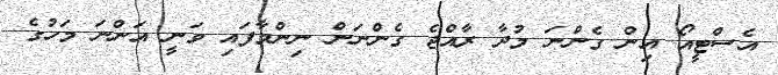
އެސްޓީއޯ އިން ގެންނަ މުދާ ރާއްޖެ ގެންނަން ނިންމާފައި ވަނީ އަންނަ މަހުގެ